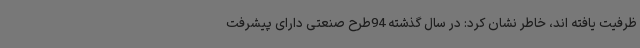
ظرفیت یافته اند، خاطر نشان کرد: در سال گذشته 94طرح صنعتی دارای پیشرفت